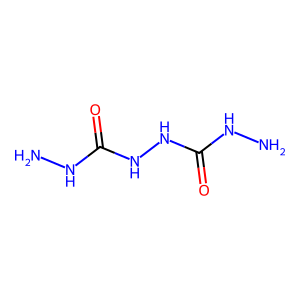
SMILES: NNC(=O)NNC(=O)NN
Inhibits HIV replication: No